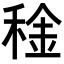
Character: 𥟨